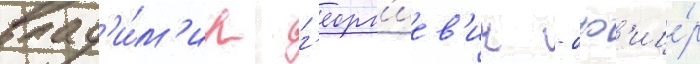
влад'и́м'ир г'еорг'иев'ич - оф'ице́р